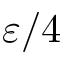
\varepsilon / 4